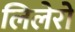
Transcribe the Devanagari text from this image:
लिलेरो